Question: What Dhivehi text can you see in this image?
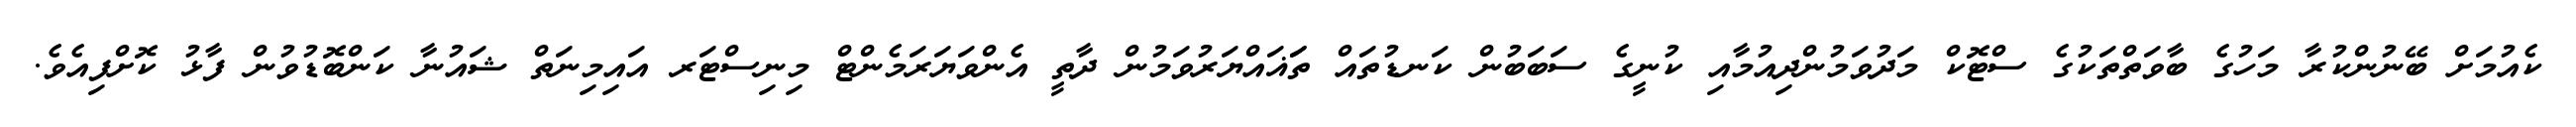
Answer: ކެއުމަށް ބޭނުންކުރާ މަހުގެ ބާވަތްތަކުގެ ސްޓޮކް މަދުވަމުންދިއުމާއި ކުނީގެ ސަބަބުން ކަނޑުތައް ތަަޣައްޔަރުވަމުން ދާތީ އެންވަޔަރަމެންޓް މިނިސްޓަރ އައިމިނަތް ޝައުނާ ކަންބޮޑުވުން ފާޅު ކޮށްފިއެވެ.